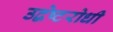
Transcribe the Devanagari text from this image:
उद्वेष्टरोधी